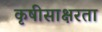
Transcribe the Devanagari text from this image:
कृषीसाक्षरता